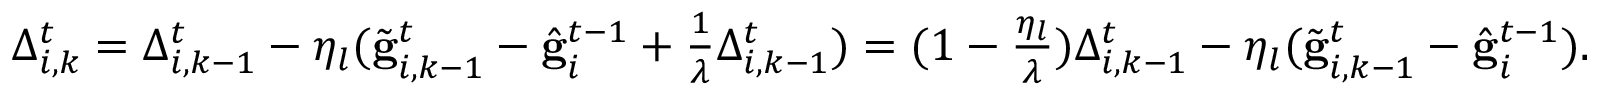
\begin{array} { r } { \Delta _ { i , k } ^ { t } = \Delta _ { i , k - 1 } ^ { t } - \eta _ { l } ( \tilde { \mathbf { g } } _ { i , k - 1 } ^ { t } - \hat { \mathbf { g } } _ { i } ^ { t - 1 } + \frac { 1 } { \lambda } \Delta _ { i , k - 1 } ^ { t } ) = ( 1 - \frac { \eta _ { l } } { \lambda } ) \Delta _ { i , k - 1 } ^ { t } - \eta _ { l } ( \tilde { \mathbf { g } } _ { i , k - 1 } ^ { t } - \hat { \mathbf { g } } _ { i } ^ { t - 1 } ) . } \end{array}